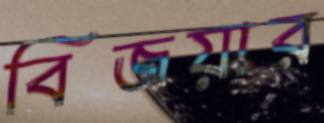
বিজয়ার